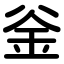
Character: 釡